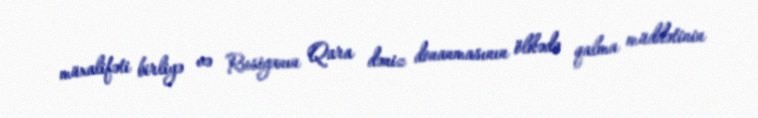
müxalifəti birliyə və Rusiyanın Qara dəniz donanmasının ölkədə qalma müddətinin